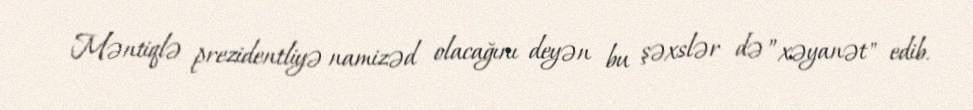
Məntiqlə prezidentliyə namizəd olacağını deyən bu şəxslər də ”xəyanət" edib.